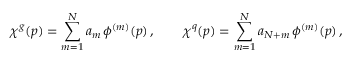
\chi ^ { g } ( p ) = \sum _ { m = 1 } ^ { N } a _ { m } \, \phi ^ { ( m ) } ( p ) \, , \qquad \chi ^ { q } ( p ) = \sum _ { m = 1 } ^ { N } a _ { N + m } \, \phi ^ { ( m ) } ( p ) \, ,